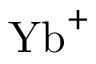
{ \mathrm { Y b } } ^ { + }